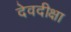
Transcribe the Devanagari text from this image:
देवदीक्षा